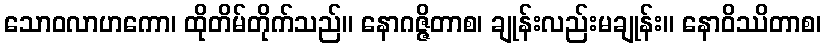
သောဝလာဟကော၊ ထိုတိမ်တိုက်သည်။ နောဂဇ္ဇိတာစ၊ ချုန်းလည်းမချုန်း။ နောဝိဿိတာစ၊